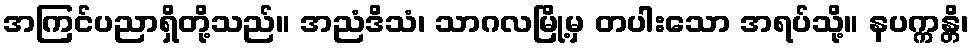
အကြင်ပညာရှိတို့သည်။ အညံဒိသံ၊ သာဂလမြို့မှ တပါးသော အရပ်သို့။ နပက္ကန္တိ၊